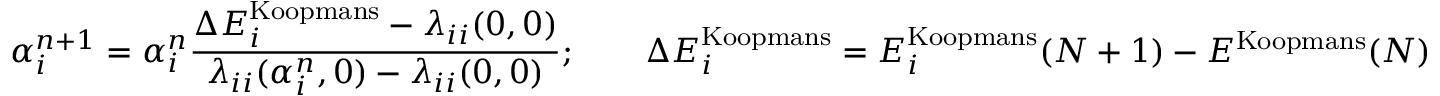
\alpha _ { i } ^ { n + 1 } = \alpha _ { i } ^ { n } \frac { \Delta E _ { i } ^ { \mathrm { K o o p m a n s } } - \lambda _ { i i } ( 0 , 0 ) } { \lambda _ { i i } ( \alpha _ { i } ^ { n } , 0 ) - \lambda _ { i i } ( 0 , 0 ) } ; \qquad \Delta E _ { i } ^ { \mathrm { K o o p m a n s } } = E _ { i } ^ { \mathrm { K o o p m a n s } } ( N + 1 ) - E ^ { \mathrm { K o o p m a n s } } ( N )